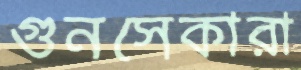
গুনসেকারা